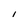
Character: I